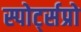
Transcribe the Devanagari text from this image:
स्पोर्ट्सप्रो